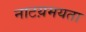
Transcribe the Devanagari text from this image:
नाटय़मयता